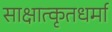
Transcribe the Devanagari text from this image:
साक्षात्कृतधर्मा